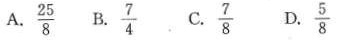
A. \frac{25}{8} B. \frac{7}{4} C. \frac{7}{8} D. \frac{5}{8}